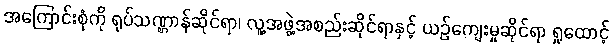
အကြောင်းစုံကို ရုပ်သဏ္ဌာန်ဆိုင်ရာ၊ လူ့အဖွဲ့အစည်းဆိုင်ရာနှင့် ယဉ်ကျေးမှုဆိုင်ရာ ရှုထောင့်